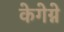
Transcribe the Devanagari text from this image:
केगेग्ने